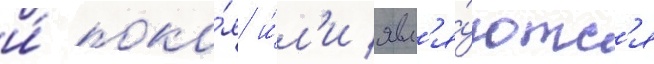
и́ поко́я и́л'и явл'я́ютс'я